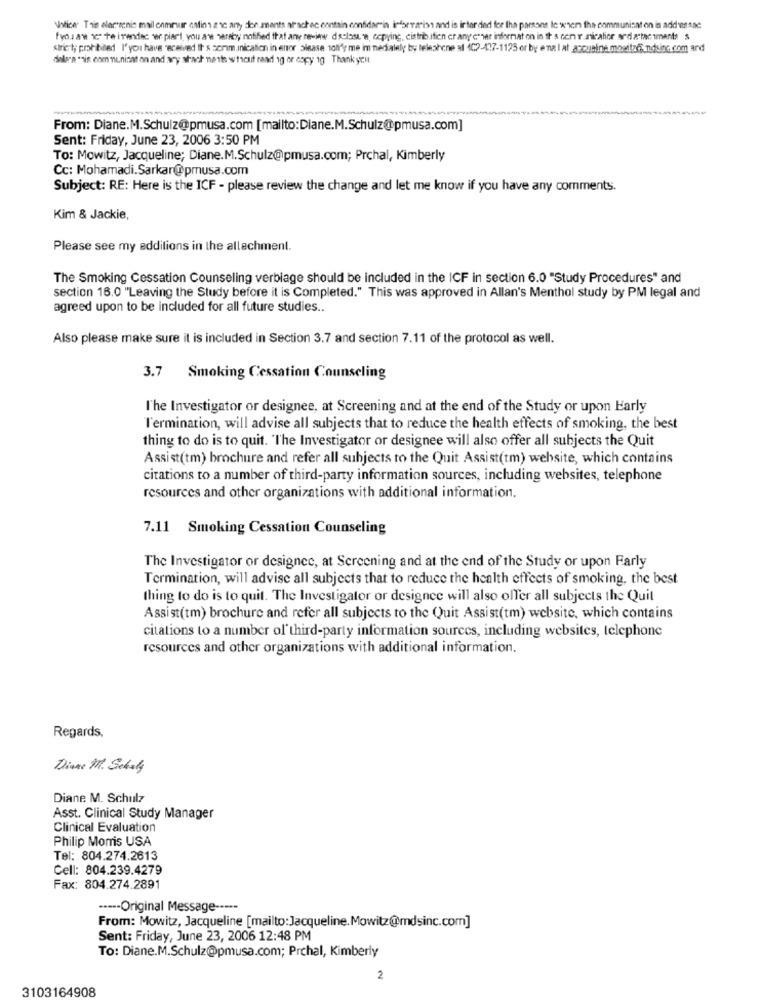
Notice: This alorsenie mail onmeaur antins are any derumants afachac contain confidar-in informarist and is inten ded for the parsons Ic wvm the communisat on is add wAse
fyousaw 1." te itendec w piart, you are hereby notified that any review disclosure, copying, distribution orany cover informat on in th s cent nicatier arda tac iments s
siricit; prohibited I' you have received It s somm.inication in enor please tofly me im medialely by telephone af 4C2-417-1125 or by ena I at accueine mowitz6.ndsinc.com and
dale's "sis communisat on and ary arach neste whichit raad 1g or copy 1g Thank you
-
From: Diane.M.Schulz@pmusa.com [mailto:Diane.M.Schulz@pmusa.com]
Sent: Friday, June 23, 2006 3:50 PM
To: Mowitz, Jacqueline; Diane.M.Schulz@pmusa.com; Prchal, Kimberly
Cc: Mohamadi.Sarkar@pmusa.com
Subject: RE: Here is the ICF - please review the change and let me know if you have any comments.
Kim & Jackie,
Please see my additions in the allachment.
The Smoking Cessation Counseling verbiage should be included in the ICF in section 6.0 "Study Procedures" and
section 16.0 "Leaving the Study before it is Completed." This was approved in Allan's Menthol study by PM legal and
agreed upon to be included for all future studies ..
Also please make sure it is included in Section 3.7 and section 7.11 of the protocol as well.
3.7 Smoking Cessation Counseling
l'he Investigator or designee, at Screening and at the end of the Study or upon Early
l'ermination, will advise all subjects that to reduce the health effects of smoking, the best
thing to do is to quit. "The Investigator or designee will also offer all subjects the Quit
Assist(tm) brochure and refer all subjects to the Quit Assist(tm) website, which contains
citations to a number of third-party information sources, including websites, telephone
resources and other organizations with additional information.
7.11 Smoking Cessation Counseling
The Investigator or designee, at Screening and at the end of the Study or upon Farly
Termination, will advise all subjects that to reduce the health effects of smoking, the best
thing to do is to quit. The Investigator or designee will also offer all subjects the Quit
Assist(tm) brochure and refer all subjects to the Quit Assist(tm) website, which contains
citations to a number of'third-party information sources, including websites, telephone
resources and other organizations with additional information.
Regards,
Diane M. Schaly
Diane M. Schulz
Asst. Clinical Study Manager
Clinical Evaluation
Philip Morris USA
Tel: 804.274.2613
Cell: 804.239.4279
Fax: 804.274.2891
----- Original Message -----
From: Mowitz, Jacqueline [mailto: Jacqueline.Mowitz@mdsinc.com]
Sent: Friday, June 23, 2006 12:48 PM
To: Diane.M.Schulz@pmusa.com; Prchal, Kimberly
2
3103164908